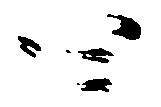
四